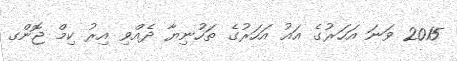
2015 ވަނަ އަހަރުގެ އައު އަހަރުގެ ތަހުނިޔާ ދެއްވި އިރު ކިމް ޖޮންގ